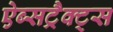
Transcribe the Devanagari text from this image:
ऐब्सट्रैक्ट्स